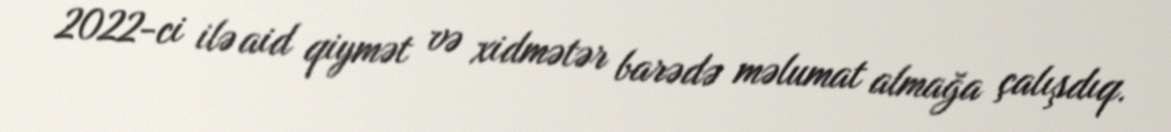
2022-ci ilə aid qiymət və xidmətər barədə məlumat almağa çalışdıq.